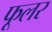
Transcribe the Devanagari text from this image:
फूलर